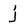
Character: j